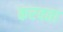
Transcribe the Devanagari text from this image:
करवता